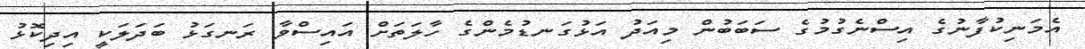
އެމަނިކުފާނުގެ އިސްނެގުމުގެ ސަބަބުން މިއަދު އަޅުގަނޑުމެންގެ ހާލަތަށް އައިސްވާ ރަނގަޅު ބަދަލަކީ އިދިކޮޅު